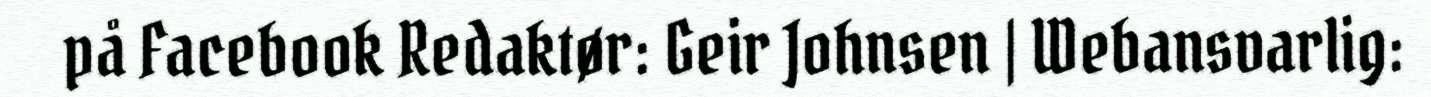
på Facebook Redaktør: Geir Johnsen | Webansvarlig: